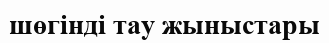
шөгінді тау жыныстары